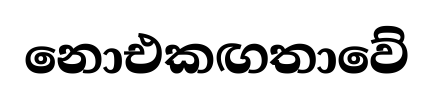
නොඑකඟතාවේ